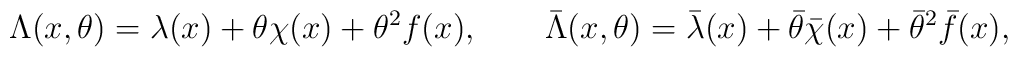
\Lambda (x, \theta ) = \lambda (x) +\theta \chi(x) + \theta^ 2 f(x),  \qquad\bar \Lambda (x, \theta ) = \bar \lambda (x) +\bar \theta \bar \chi(x) + \bar \theta^ 2 \bar f(x),